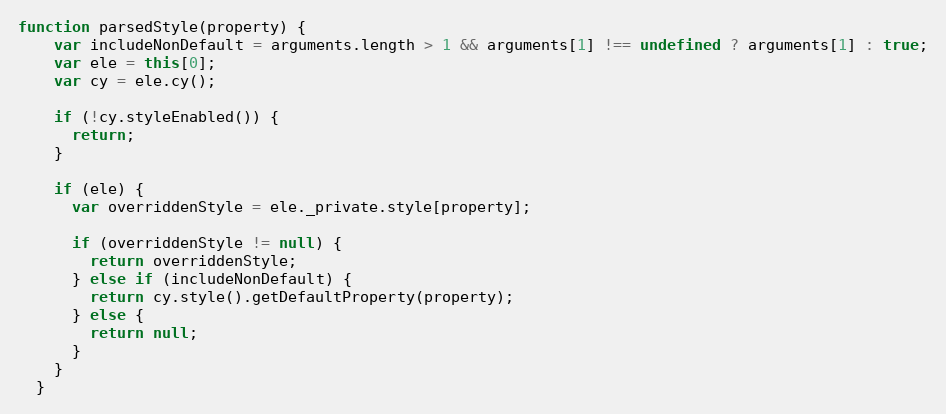
Language: JavaScript
function parsedStyle(property) {
    var includeNonDefault = arguments.length > 1 && arguments[1] !== undefined ? arguments[1] : true;
    var ele = this[0];
    var cy = ele.cy();

    if (!cy.styleEnabled()) {
      return;
    }

    if (ele) {
      var overriddenStyle = ele._private.style[property];

      if (overriddenStyle != null) {
        return overriddenStyle;
      } else if (includeNonDefault) {
        return cy.style().getDefaultProperty(property);
      } else {
        return null;
      }
    }
  }